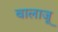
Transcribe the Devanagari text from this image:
बालाजू